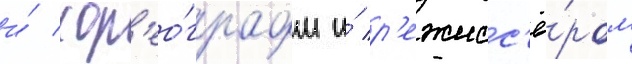
и́ хор'ео́графом и́ р'ежисс'ё́ром